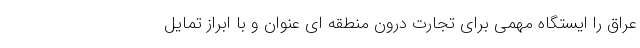
عراق را ایستگاه مهمی برای تجارت درون منطقه ای عنوان و با ابراز تمایل